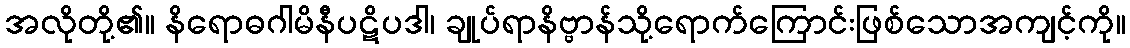
အလိုတို့၏။ နိရောဓဂါမိနီပဋိပဒါ၊ ချုပ်ရာနိဗ္ဗာန်သို့ရောက်ကြောင်းဖြစ်သောအကျင့်ကို။